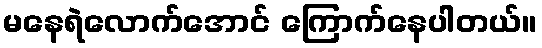
မနေရဲလောက်အောင် ကြောက်နေပါတယ်။